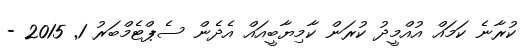
ކުރާނެ ކަމައް އުއްމީދު ކުރަން ކާމިޔާބީއައް އެދެން ސެޕްޓެމްބަރު 1